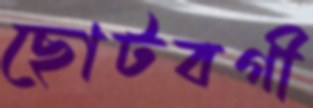
ছোটবগী